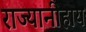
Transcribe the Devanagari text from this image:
राज्यानीहाय